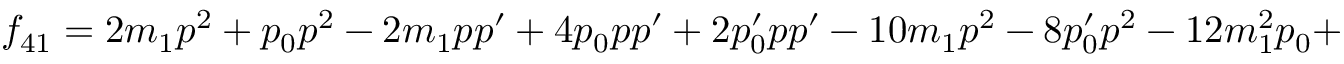
f _ { 4 1 } = 2 m _ { 1 } p ^ { 2 } + p _ { 0 } p ^ { 2 } - 2 m _ { 1 } p p ^ { \prime } + 4 p _ { 0 } p p ^ { \prime } + 2 p _ { 0 } ^ { \prime } p p ^ { \prime } - 1 0 m _ { 1 } p ^ { 2 } - 8 p _ { 0 } ^ { \prime } p ^ { 2 } - 1 2 m _ { 1 } ^ { 2 } p _ { 0 } +